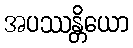
အပဿန္တိယော